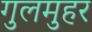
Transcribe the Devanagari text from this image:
गुलमुहर